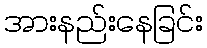
အားနည်းနေခြင်း